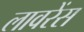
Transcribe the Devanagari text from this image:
लावरेंस